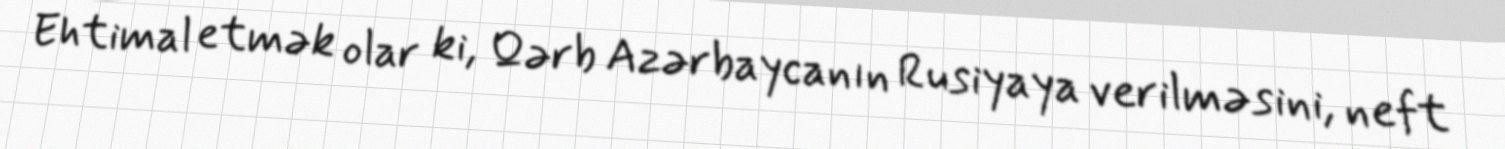
Ehtimal etmək olar ki, Qərb Azərbaycanın Rusiyaya verilməsini, neft